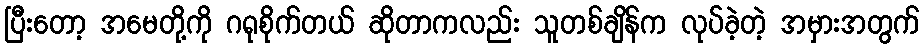
ပြီးတော့ အမေတို့ကို ဂရုစိုက်တယ် ဆိုတာကလည်း သူတစ်ချိန်က လုပ်ခဲ့တဲ့ အမှားအတွက်